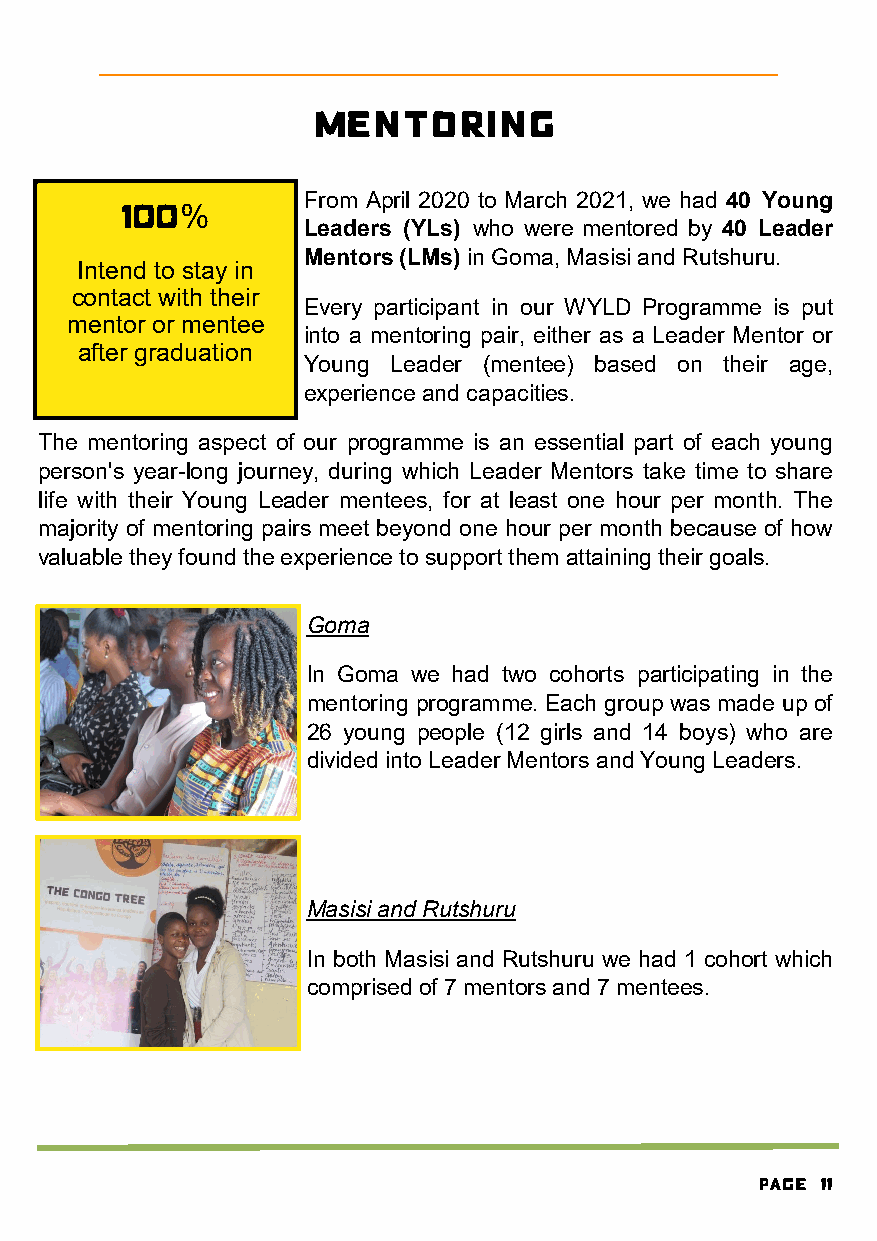
Mentoring
 100         From April 2020 to March 2021, we had 40 Young
 %
 Leaders (YLs) who were mentored by 40 Leader
 Mentors (LMs) in Goma, Masisi and Rutshuru.
 Intend to stay in
 contact with their
 Every participant in our WYLD Programme is put
 mentor or mentee
 into a mentoring pair, either as a Leader Mentor or
 after graduation
 Young Leader (mentee) based on their age,
 experience and capacities.
 The mentoring aspect of our programme is an essential part of each young
 person's year-long journey, during which Leader Mentors take time to share
 life with their Young Leader mentees, for at least one hour per month. The
 majority of mentoring pairs meet beyond one hour per month because of how
 valuable they found the experience to support them attaining their goals.
 Goma
 In Goma we had two cohorts participating in the
 mentoring programme. Each group was made up of
 26 young people (12 girls and 14 boys) who are
 divided into Leader Mentors and Young Leaders.
 Masisi and Rutshuru
 In both Masisi and Rutshuru we had 1 cohort which
 comprised of 7 mentors and 7 mentees.
 Page 11